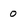
Character: 0